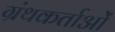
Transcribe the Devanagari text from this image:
ग्रंथकर्ताओं